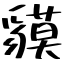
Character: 貘